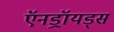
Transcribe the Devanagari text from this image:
ऍनड्रॉयड्स